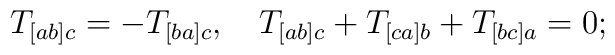
T_{[ab]c}=-T_{[ba]c},\quad T_{[ab]c}+T_{[ca]b}+T_{[bc]a}=0;